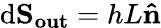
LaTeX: \mathrm{d}\mathbf{{S_{out}}}=hL\mathbf{{\hat{{n}}}}